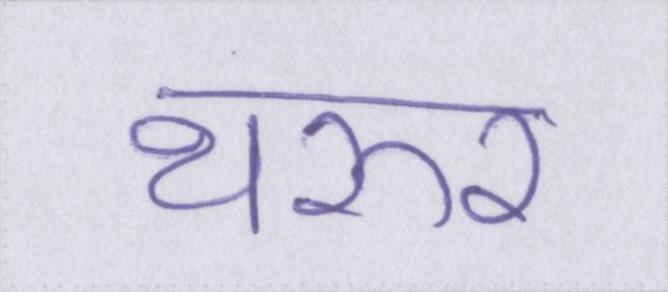
थरूर